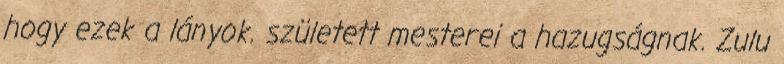
hogy ezek a lányok. született mesterei a hazugságnak. Zulu